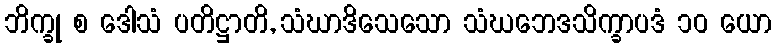
ဘိက္ခု စ ဒေါသံ ပတိဋ္ဌာတိ, သံဃာဒိသေသော သံဃဘေဒသိက္ခာပဒံ ၁၀ ယော